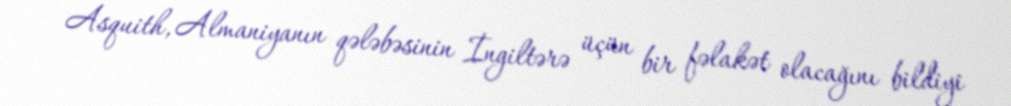
Asquith, Almaniyanın qələbəsinin İngiltərə üçün bir fəlakət olacağını bildiyi